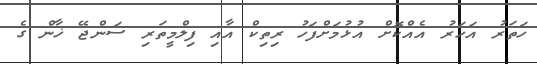
ހަތަރު އަހަރު އެއްކޮށް އުޅުމަށްފަހު ރިތިކް އާއި ފިލްމީތަރި ސަންޖޭ ޚާން ގެ